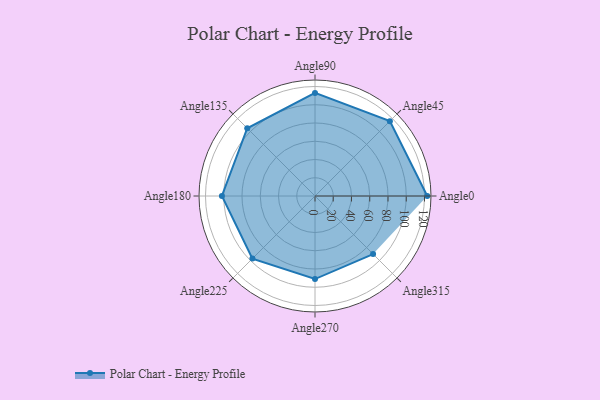
{"axis": {"x": "Angle", "y": "Radius"}, "legend": [""], "data": [{"x": "Angle0", "y": 123.0, "type": ""}, {"x": "Angle45", "y": 116.0, "type": ""}, {"x": "Angle90", "y": 113.0, "type": ""}, {"x": "Angle135", "y": 105.0, "type": ""}, {"x": "Angle180", "y": 102.0, "type": ""}, {"x": "Angle225", "y": 97.0, "type": ""}, {"x": "Angle270", "y": 91.0, "type": ""}, {"x": "Angle315", "y": 90.0, "type": ""}]}